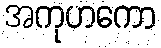
အကုဟကော